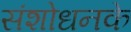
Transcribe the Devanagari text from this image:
संशोधनके